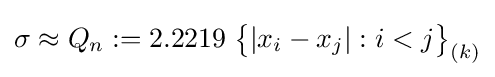
\sigma \approx Q_{n}:=2.2219\;{\bigl \{}|x_{i}-x_{j}|:i<j{\bigr \}}_{(k)}